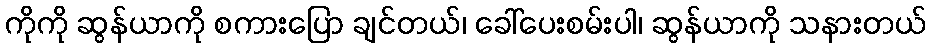
ကိုကို ဆွန်ယာကို စကားပြော ချင်တယ်၊ ခေါ်ပေးစမ်းပါ၊ ဆွန်ယာကို သနားတယ်